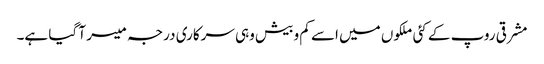
مشرقی روپ کے کئی ملکوں میں اسے کم و بیش وہی سرکاری درجہ میسر آ گیا ہے۔